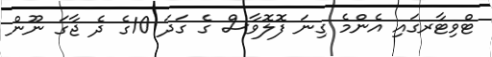
ޓްވިޓާރގައި އެންމެ ގިނަ ފޮލޮވާސް ގެ ގަދަ 10ގެ ދެ ޖާގަ ނޫން